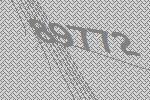
89772